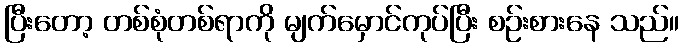
ပြီးတော့ တစ်စုံတစ်ရာကို မျက်မှောင်ကုပ်ပြီး စဉ်းစားနေ သည်။